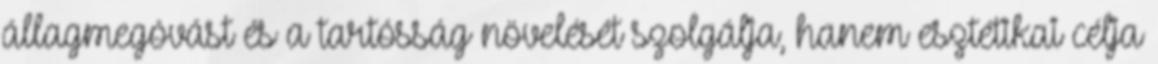
állagmegóvást és a tartósság növelését szolgálja, hanem esztétikai célja